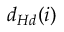
d _ { H d } ( i )